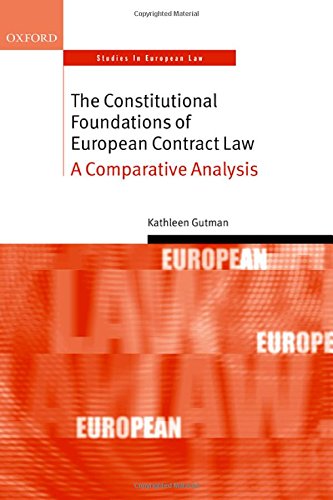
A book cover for The Constitutional Foundations of European Contract Law: A Comparative Analysis (Oxford Studies in European Law); Kathleen Gutman; Law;